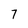
Character: 7